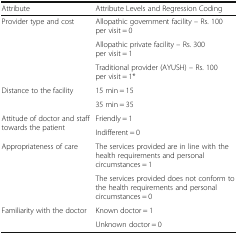
| Attribute | Attribute Levels and Regression Coding |
 | --- | --- |
 | <ROWSPAN=3> Provider type and cost | Allopathic government facility – Rs. 100 per visit = 0 |
 | Allopathic private facility – Rs. 300 per visit = 1 |
 | Traditional provider (AYUSH) – Rs. 100 per visit = 1* |
 | <ROWSPAN=2> Distance to the facility | 15 min = 15 |
 | 35 min = 35 |
 | <ROWSPAN=2> Attitude of doctor and staff towards the patient | Friendly = 1 |
 | Indifferent = 0 |
 | <ROWSPAN=2> Appropriateness of care | The services provided are in line with the health requirements and personal circumstances = 1 |
 | The services provided does not conform to the health requirements and personal circumstances = 0 |
 | <ROWSPAN=2> Familiarity with the doctor | Known doctor = 1 |
 | Unknown doctor = 0 |